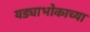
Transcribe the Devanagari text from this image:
यड्याभोकाच्या